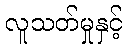
လူသတ်မှုနှင့်